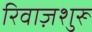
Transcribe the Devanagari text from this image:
रिवाज़शुरू